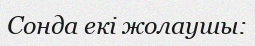
Сонда екі жолаушы: